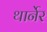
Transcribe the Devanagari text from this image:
थार्नेर